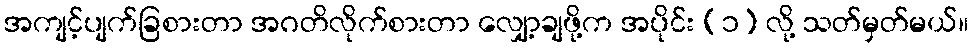
အကျင့်ပျက်ခြစားတာ အဂတိလိုက်စားတာ လျှော့ချဖို့က အပိုင်း (၁) လို့ သတ်မှတ်မယ်။